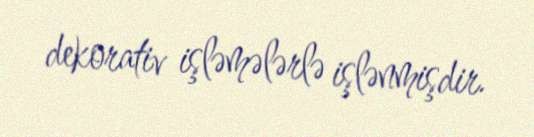
dekorativ işləmələrlə işlənmişdir.